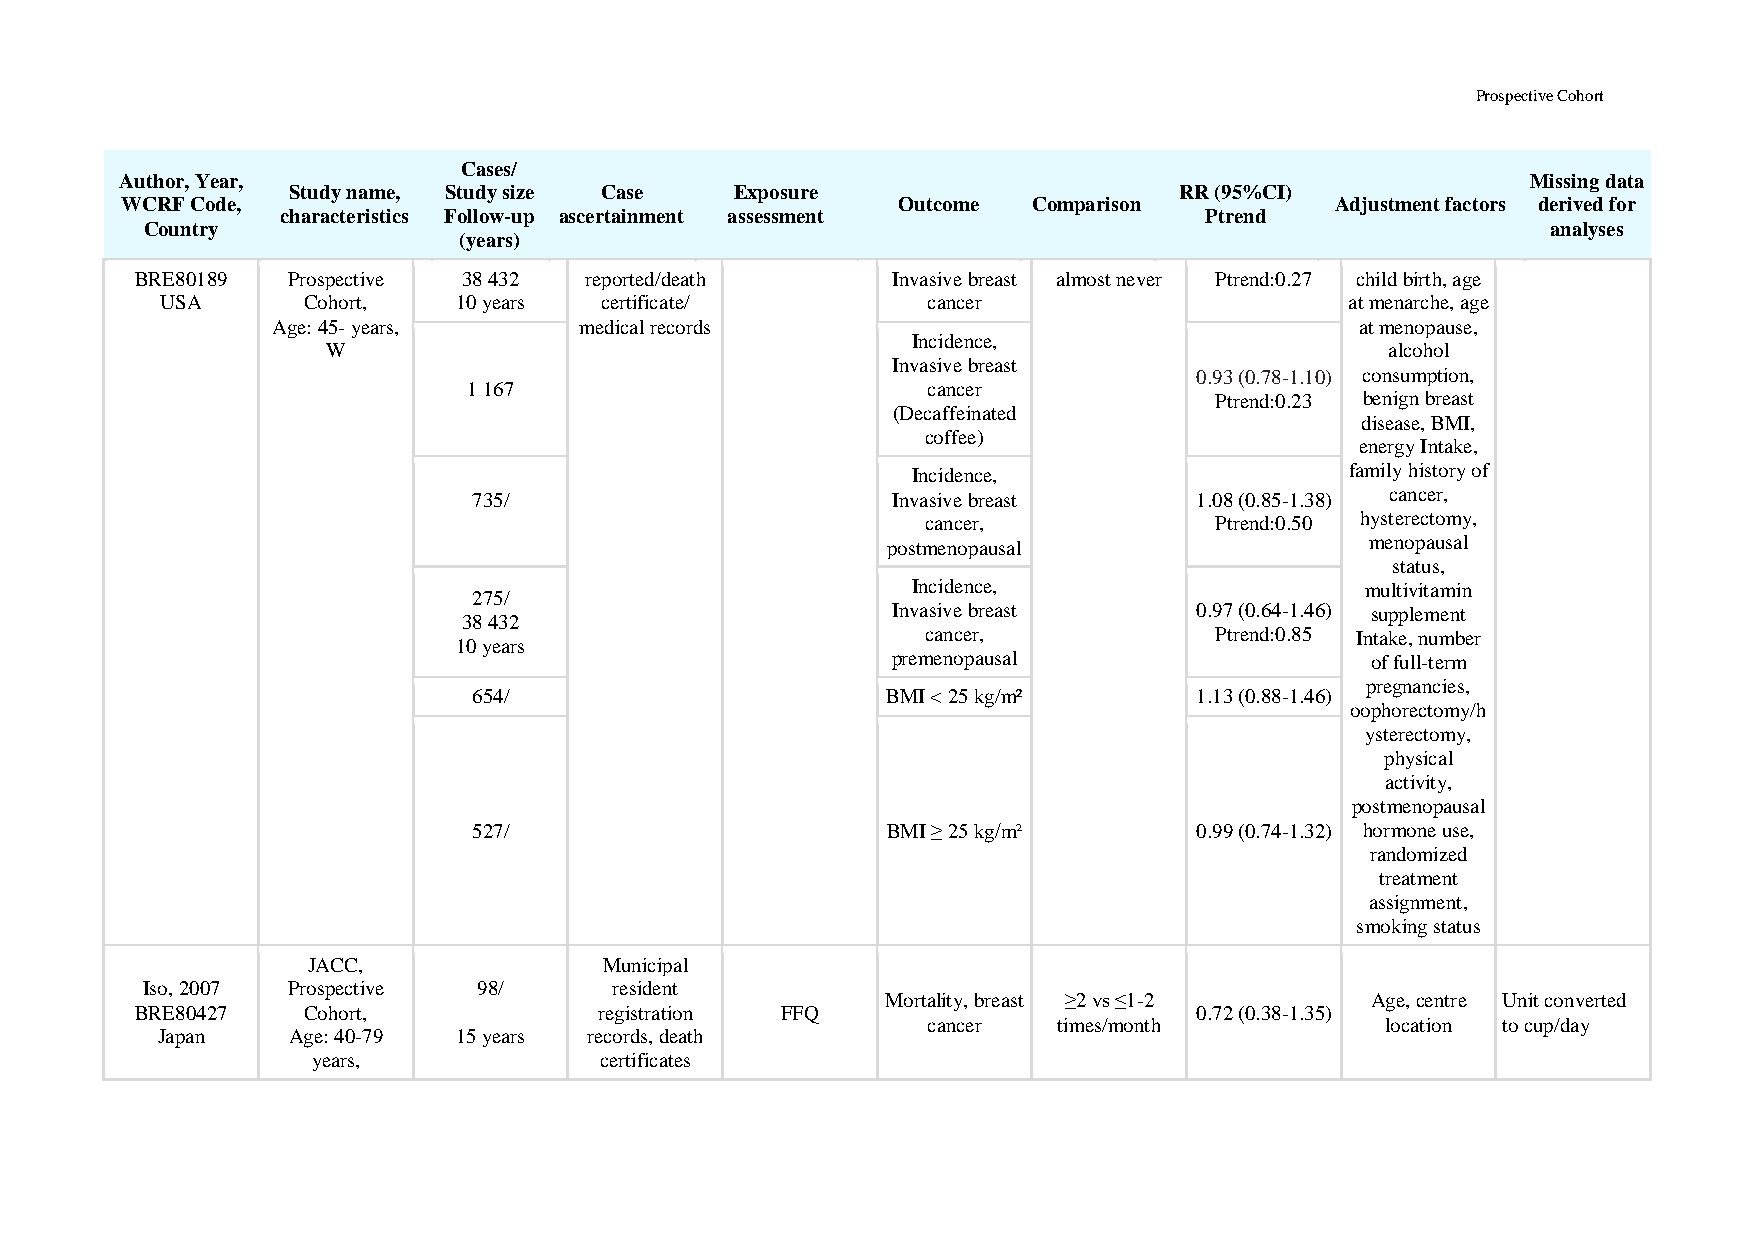
Prospective Cohort
 Cases/
 Author, Year,                                                                                Missing data
 Study name, Study size Case   Exposure                     RR (95%CI)
 WCRF Code,                                         Outcome  Comparison          Adjustment factors derived for
 characteristics Follow-up ascertainment assessment           Ptrend
 Country                                                                                      analyses
 (years)
 BRE80189  Prospective 38 432  reported/death      Invasive breast almost never Ptrend:0.27 child birth, age
 USA      Cohort,   10 years  certificate/         cancer                      at menarche, age
 Age: 45- years,     medical records                                     at menopause,
 Incidence,
 W                                                                     alcohol
 Invasive breast
 0.93 (0.78-1.10) consumption,
 1 167                         cancer
 Ptrend:0.23 benign breast
 (Decaffeinated
 disease, BMI,
 coffee)
 energy Intake,
 Incidence,                   family history of
 735/                        Invasive breast     1.08 (0.85-1.38) cancer,
 cancer,            Ptrend:0.50 hysterectomy,
 postmenopausal                  menopausal
 status,
 Incidence,                    multivitamin
 275/
 Invasive breast     0.97 (0.64-1.46) supplement
 38 432
 cancer,            Ptrend:0.85 Intake, number
 10 years
 premenopausal                   of full-term
 pregnancies,
 654/                        BMI < 25 kg/m²      1.13 (0.88-1.46)
 oophorectomy/h
 ysterectomy,
 physical
 activity,
 postmenopausal
 527/                        BMI ≥ 25 kg/m²      0.99 (0.74-1.32) hormone use,
 randomized
 treatment
 assignment,
 smoking status
 JACC,               Municipal
 Iso, 2007 Prospective  98/      resident
 Mortality, breast ≥2 vs ≤1-2    Age, centre Unit converted
 BRE80427   Cohort,             registration FFQ                       0.72 (0.38-1.35)
 cancer   times/month           location to cup/day
 Japan    Age: 40-79 15 years records, death
 years,             certificates